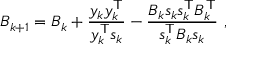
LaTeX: B _ { k + 1 } = B _ { k } + { \frac { y _ { k } y _ { k } ^ { \mathsf { T } } } { y _ { k } ^ { \mathsf { T } } s _ { k } } } - { \frac { B _ { k } s _ { k } s _ { k } ^ { \mathsf { T } } B _ { k } ^ { \mathsf { T } } } { s _ { k } ^ { \mathsf { T } } B _ { k } s _ { k } } } \ ,